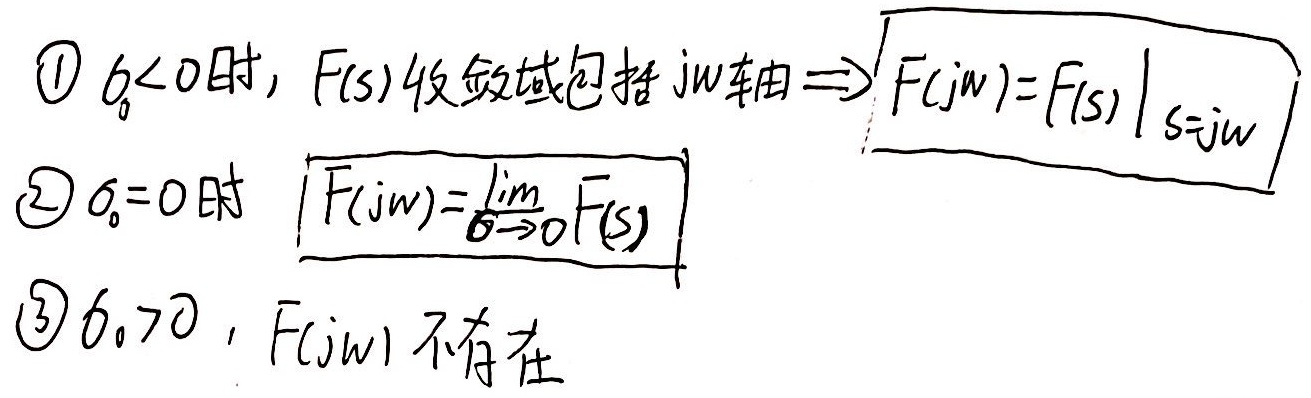
1. 当\(\sigma_0<0\)时，\(F(s)\)收敛域包括\(j\omega\)轴\(\Rightarrow F(j\omega)=F(s)\big|_{s = j\omega}\)
2. 当\(\sigma_0 = 0\)时，\(F(j\omega)=\lim_{\sigma\rightarrow0}F(s)\)
3. 当\(\sigma_0>0\)，\(F(j\omega)\)不存在

\[
\begin{align*}
&\text{(1)}\ \sigma_0<0\text{ 时}, F(s)\text{ 收敛域包括 }j\omega\text{ 轴}\Rightarrow F(j\omega)=F(s)\big|_{s = j\omega}\\
&\text{(2)}\ \sigma_0 = 0\text{ 时}\quad F(j\omega)=\lim_{\sigma\rightarrow0}F(s)\\
&\text{(3)}\ \sigma_0>0, F(j\omega)\text{ 不存在}
\end{align*}
\]